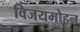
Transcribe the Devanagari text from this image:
विजयमोहन